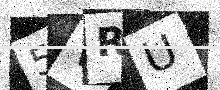
Text: 5VRU